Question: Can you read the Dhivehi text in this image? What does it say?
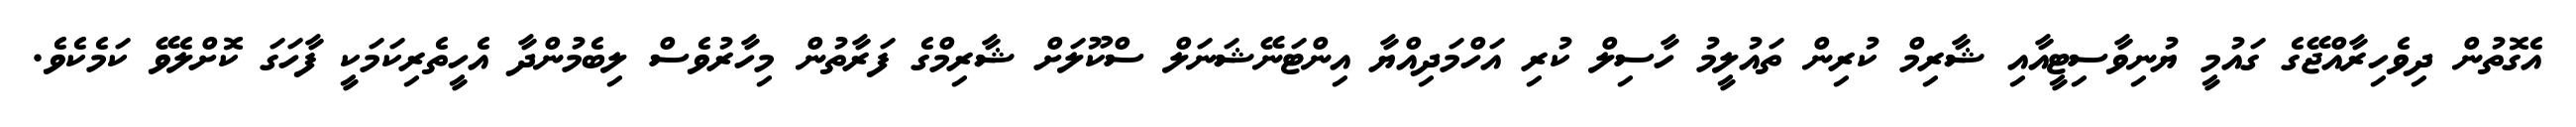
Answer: އެގޮތުން ދިވެހިރާއްޖޭގެ ގައުމީ ޔުނިވާސިޓީއާއި ޝާރިމް ކުރިން ތައުލީމު ހާސިލް ކުރި އަހްމަދިއްޔާ އިންޓަނޭޝަނަލް ސްކޫލަށް ޝާރިމްގެ ފަރާތުން މިހާރުވެސް ލިބެމުންދާ އެހީތެރިކަމަކީ ފާހަގަ ކޮށްލެވޭ ކަމެކެވެ.